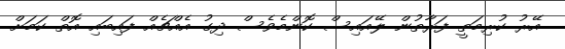
އޭރު ކުރިމަތީ ފަރާތުން ލޭއައިސް ކޮންމެވެސް ދިގު އެއްޗެއް ފައިބައި އޮތް ކަމަށް